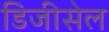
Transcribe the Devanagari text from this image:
डिजीसेल